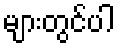
များတွင်ပါ